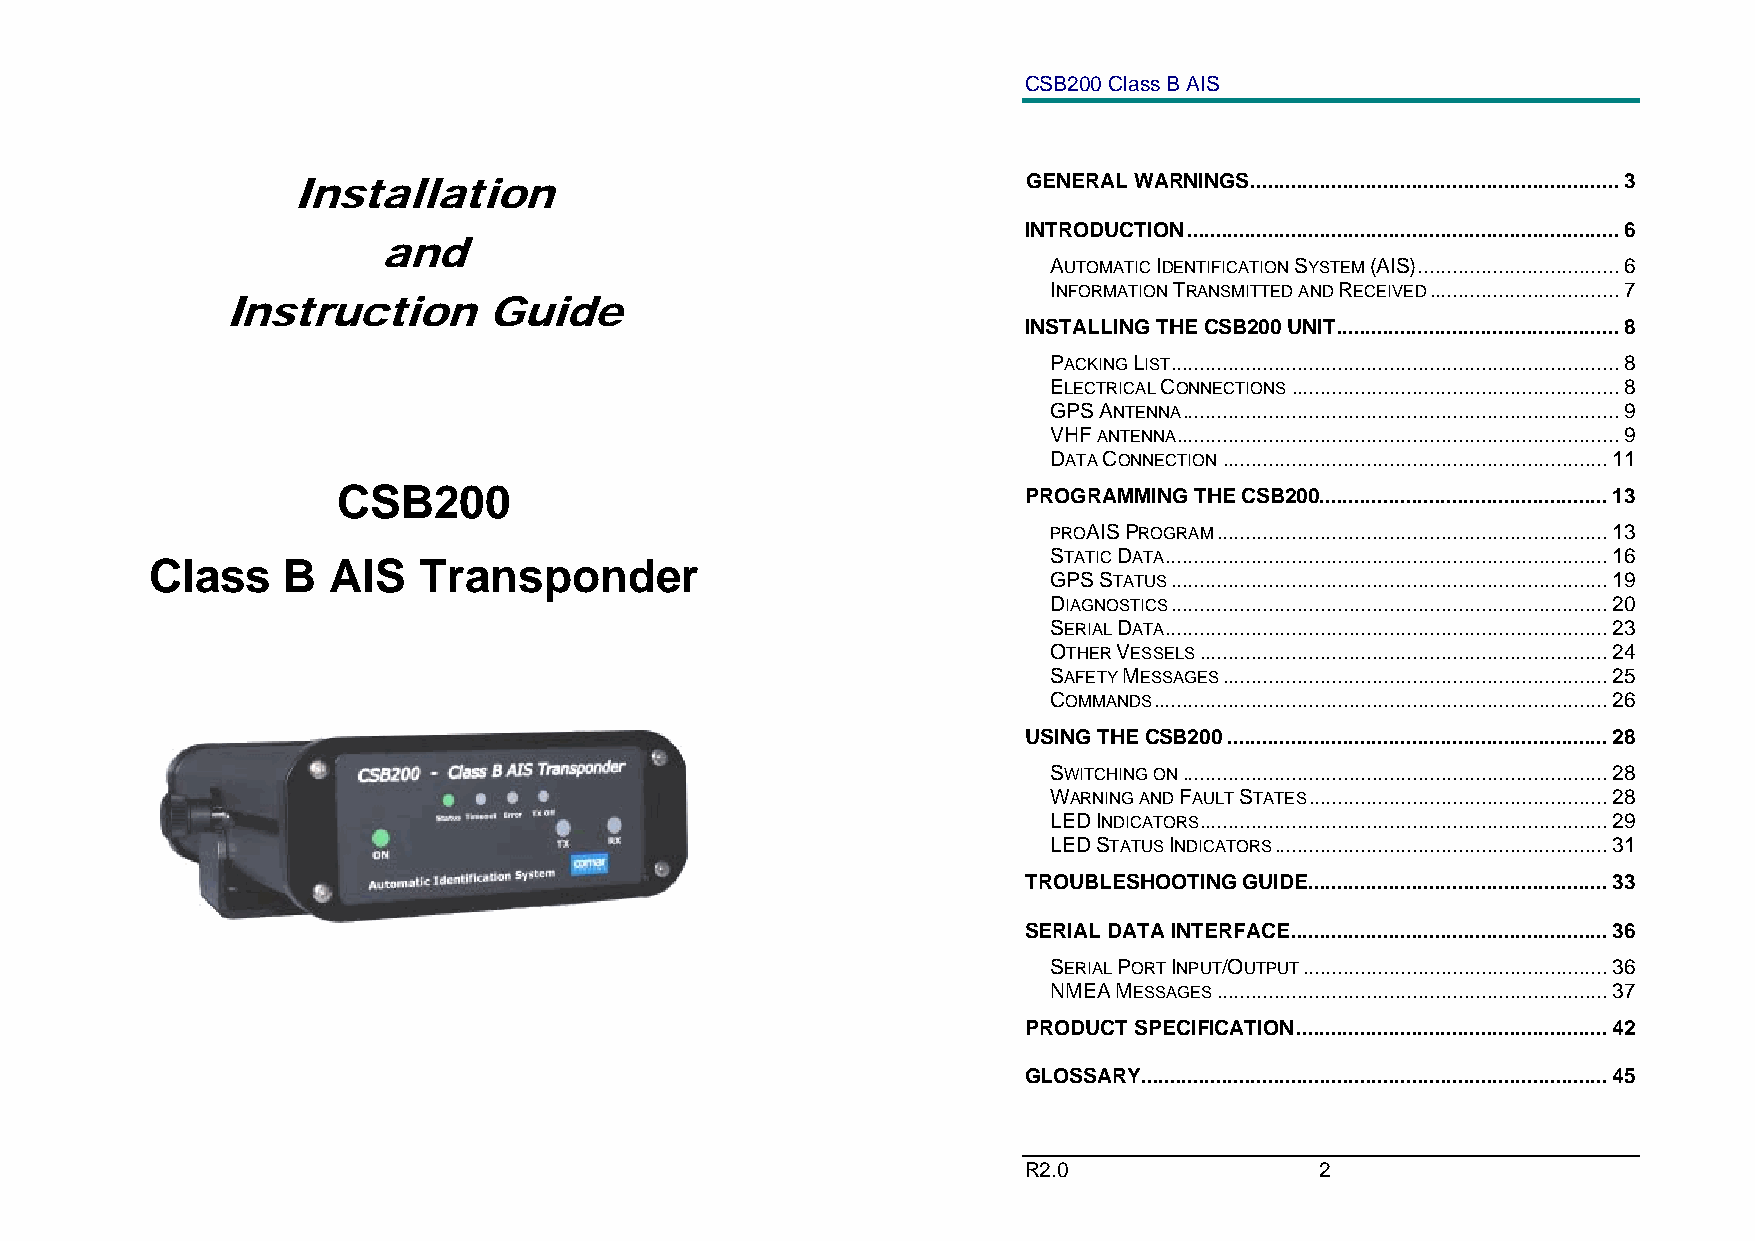
CSB200 Class B AIS
 GENERAL WARNINGS................................................................3
 Installation
 INTRODUCTION...........................................................................6
 and
 AUTOMATIC IDENTIFICATION SYSTEM (AIS)...................................6
 INFORMATION TRANSMITTED AND RECEIVED.................................7
 Instruction      Guide
 INSTALLING THE CSB200 UNIT.................................................8
 PACKING LIST..............................................................................8
 ELECTRICAL CONNECTIONS.........................................................8
 GPS ANTENNA............................................................................9
 VHF ANTENNA.............................................................................9
 DATA CONNECTION...................................................................11
 CSB200                                        PROGRAMMING THE CSB200..................................................13
 PROAIS PROGRAM....................................................................13
 Class    B  AIS   Transponder
 STATIC DATA.............................................................................16
 GPS STATUS............................................................................19
 DIAGNOSTICS............................................................................20
 SERIAL DATA.............................................................................23
 OTHER VESSELS.......................................................................24
 SAFETY MESSAGES...................................................................25
 COMMANDS...............................................................................26
 USING THE CSB200..................................................................28
 SWITCHING ON..........................................................................28
 WARNING AND FAULT STATES....................................................28
 LED INDICATORS.......................................................................29
 LED STATUS INDICATORS..........................................................31
 TROUBLESHOOTING GUIDE....................................................33
 SERIAL DATA INTERFACE.......................................................36
 SERIAL PORT INPUT/OUTPUT.....................................................36
 NMEA MESSAGES....................................................................37
 PRODUCT SPECIFICATION......................................................42
 GLOSSARY.................................................................................45
 R2.0               2